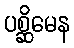
ပစ္ဆိမေန